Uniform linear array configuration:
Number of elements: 16
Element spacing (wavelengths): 1
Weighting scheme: cosine
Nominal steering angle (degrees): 30
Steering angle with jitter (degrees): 28.399
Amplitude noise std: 0.05
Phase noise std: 0.05

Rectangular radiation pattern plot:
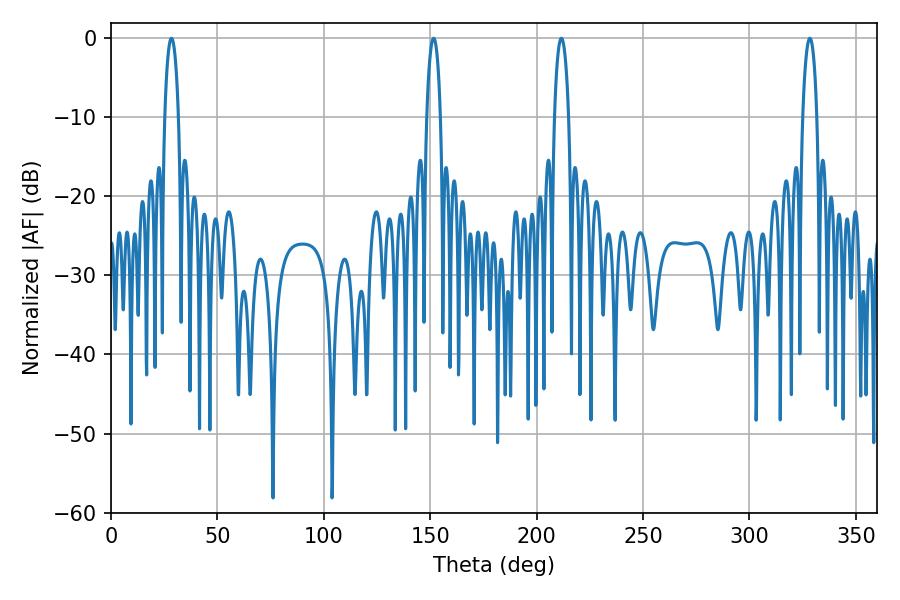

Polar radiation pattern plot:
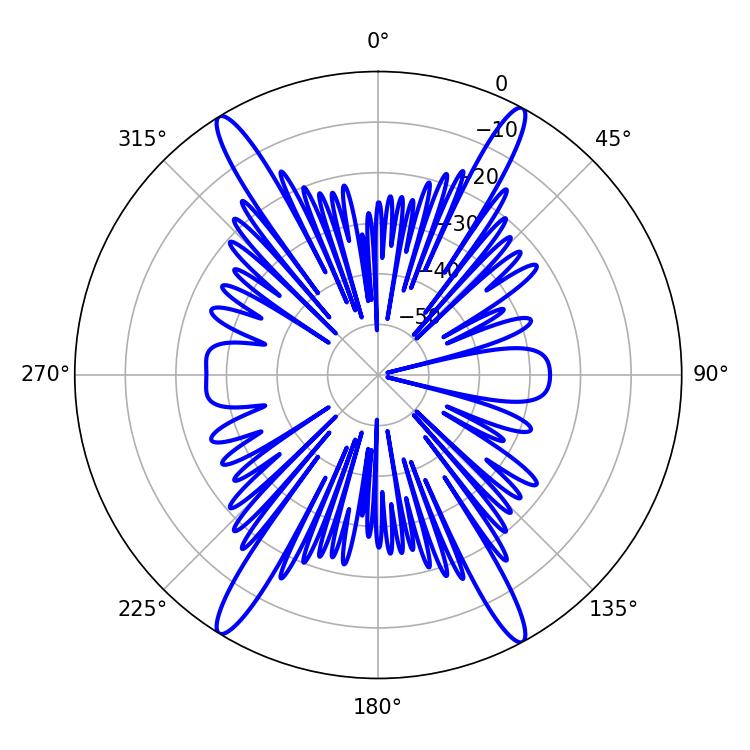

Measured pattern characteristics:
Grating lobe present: TRUE
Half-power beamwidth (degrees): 3.6
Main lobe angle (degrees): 28.44